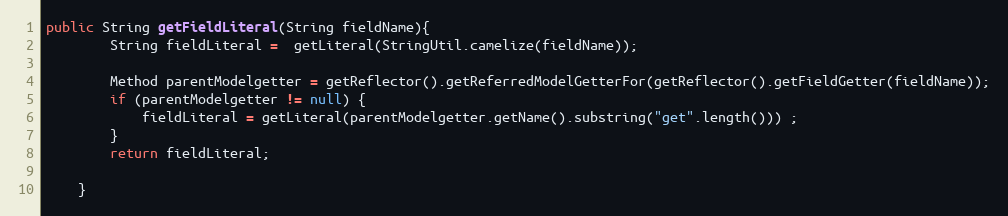
Language: Java
public String getFieldLiteral(String fieldName){
        String fieldLiteral =  getLiteral(StringUtil.camelize(fieldName));

        Method parentModelgetter = getReflector().getReferredModelGetterFor(getReflector().getFieldGetter(fieldName));
        if (parentModelgetter != null) {
            fieldLiteral = getLiteral(parentModelgetter.getName().substring("get".length())) ;
        }
        return fieldLiteral;

    }